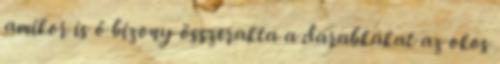
amikor is ő bizony összerakta a darabkákat az okos